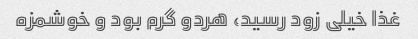
غذا خیلی زود رسید، هردو گرم بود و خوشمزه